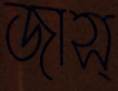
জাস্